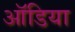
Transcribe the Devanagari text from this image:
ऑडिया